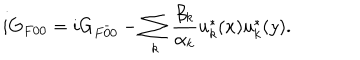
i G _ { F 0 0 } = i G _ { F \bar { 0 } { 0 } } - \sum _ { k } \frac { \beta _ { k } } { \alpha _ { k } } u _ { k } ^ { * } ( x ) u _ { k } ^ { * } ( y ) .